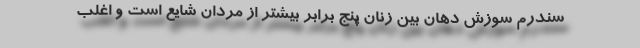
سندرم سوزش دهان بین زنان پنج برابر بیشتر از مردان شایع است و اغلب